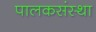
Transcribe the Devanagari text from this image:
पालकसंस्था